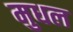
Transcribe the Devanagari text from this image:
मुधल